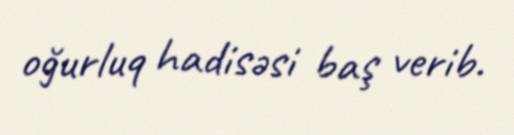
oğurluq hadisəsi baş verib.